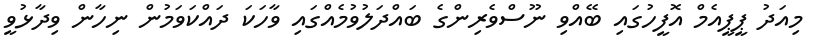
މިއަދު ޕީޕީއެމް އޮފީހުގައި ބޭއްވި ނޫސްވެރިންގެ ބައްދަލުވުމެއްގައި ވާހަކަ ދައްކަވަމުން ނިހާން ވިދާޅުވީ